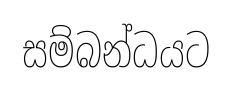
සම්බන්ධයට